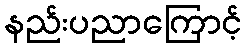
နည်းပညာကြောင့်